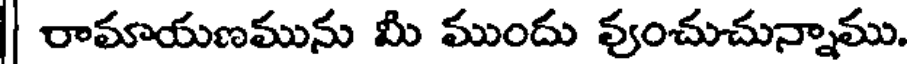
| రామాయణమును మీ ముందు వుంచుచున్నాము.